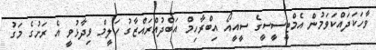
ވާހަކަދައްކަވަމުން އެމްޓީސީސީގެ ސީއީއޯ އިބްރާހިމް އަބްދުއްރައްޒާގު ހަލީމް ވިދާޅުވީ އެ ރަށުގެ މަގު